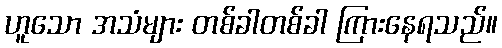
ဟူသော အသံများ တစ်ခါတစ်ခါ ကြားနေရသည်။